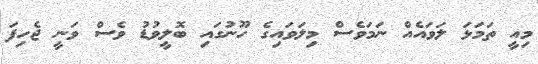
މިއީ ތަމަޅަ ލަވައެއް ނަމަވެސް މިލަވައިގެ ހޫނުގައި ބޮލީވުޑު ވެސް ވަނީ ޖެހިފަ